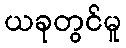
ယခုတွင်မူ